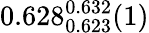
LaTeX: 0.628_{0.623}^{0.632}(1)